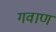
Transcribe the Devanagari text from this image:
गवाण